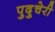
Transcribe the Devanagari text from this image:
पुदु्चेरी